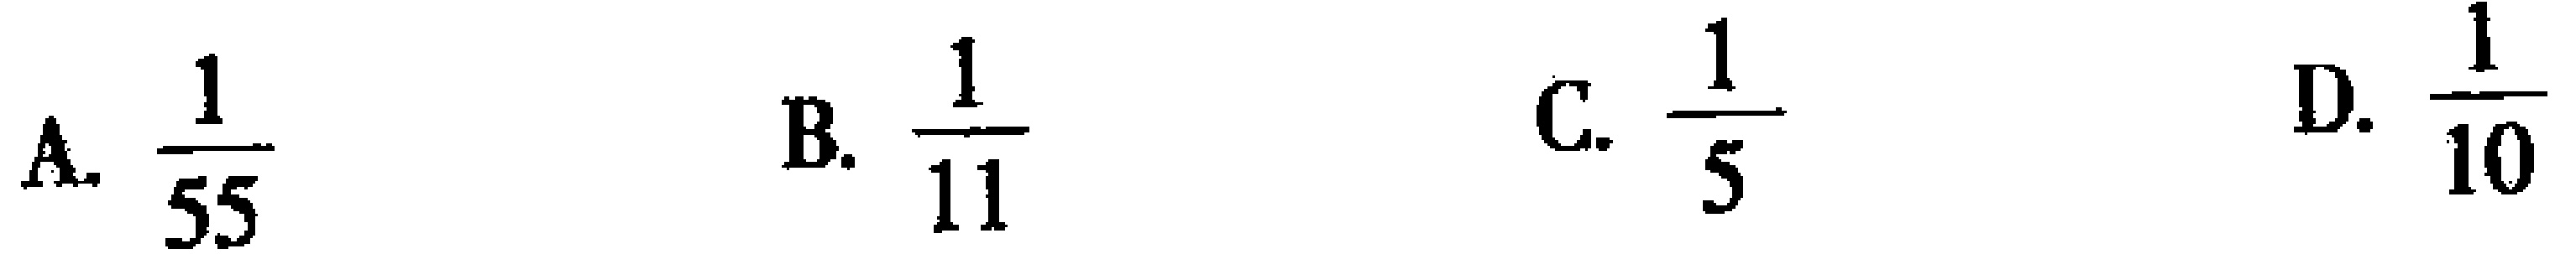
A. $\frac{1}{55}$  B. $\frac{1}{11}$  C. $\frac{1}{5}$  D. $\frac{1}{10}$